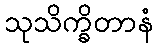
သုသိက္ခိတာနံ